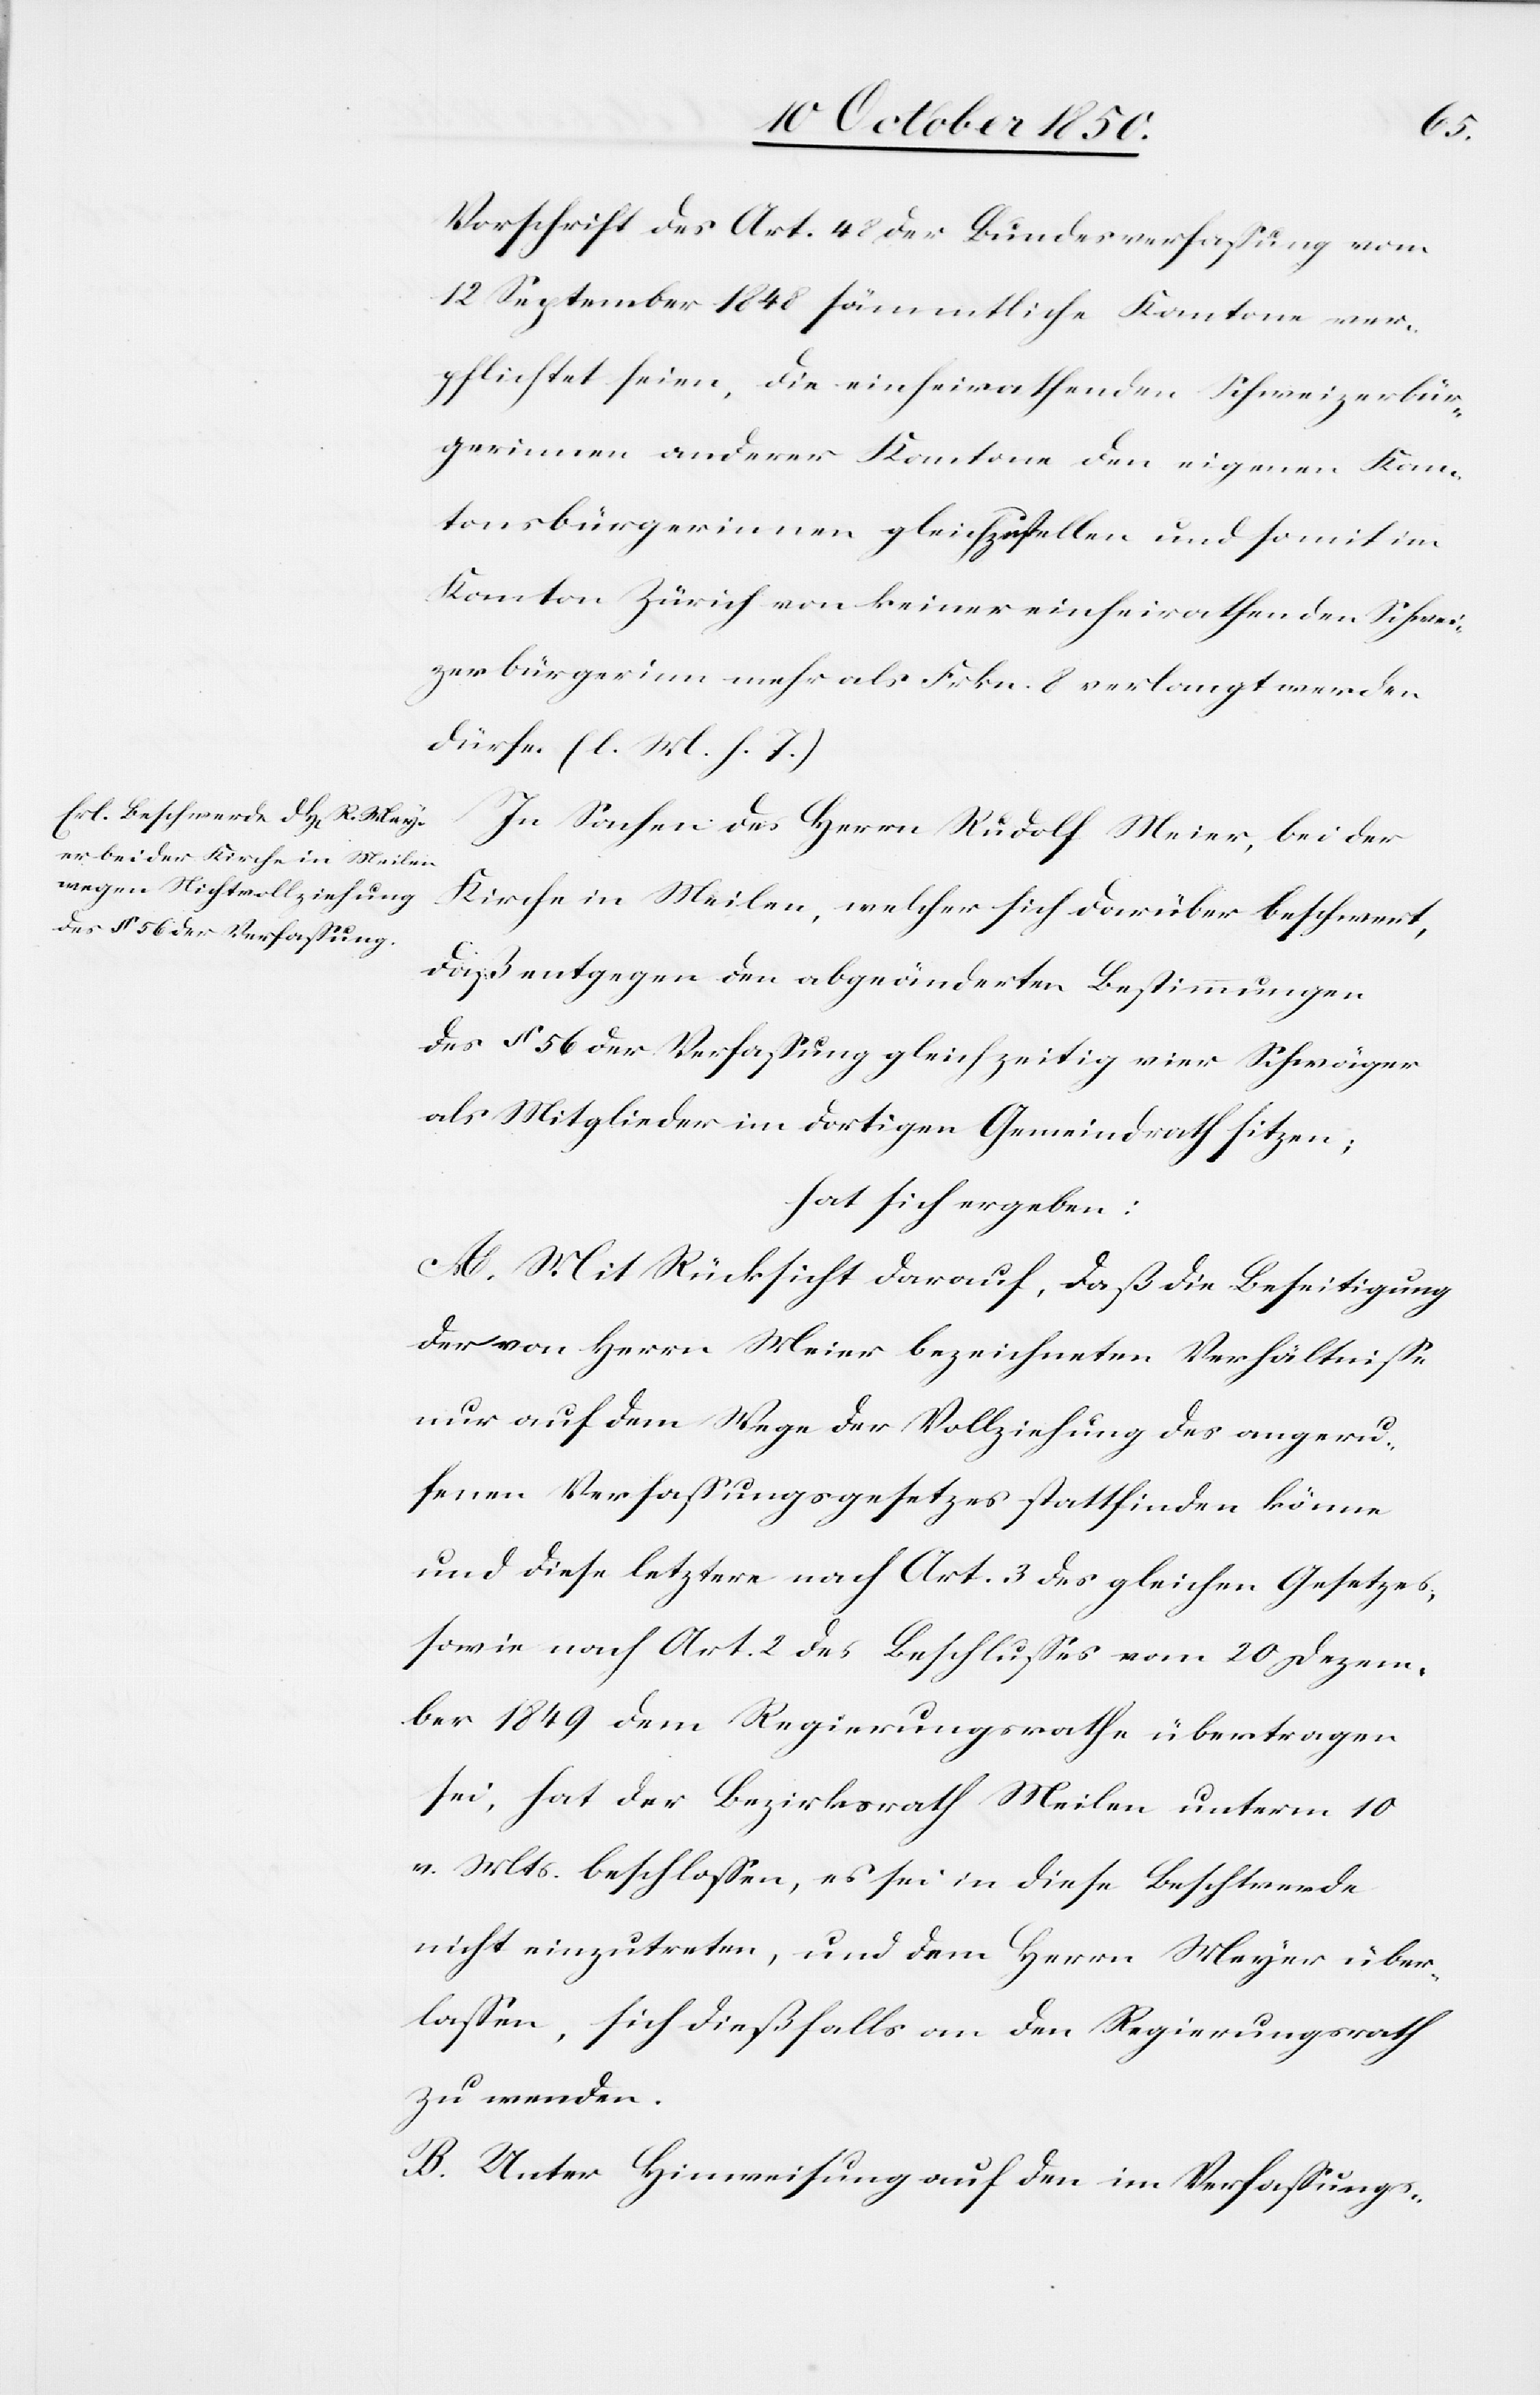
Vorschrift des Art. 48 der Bundesverfassung vom
12 September 1848 sämmtliche Kantone ver¬
pflichtet seien, die einheirathenden Schweizerbür¬
gerinnen anderer Kantone den eigenen Kan¬
tonsbürgerinnen gleichzustellen und somit im
Kanton Zürich von keiner einheirathenden Schwei¬
zerbürgerinn mehr als Frkn. 8 verlangt werden
dürfe. (l. M. h. T.)
In Sachen des Herrn Rudolf Meier [sic!], bei der
Kirche in Meilen, welcher sich darüber beschwert,
daß entgegen den abgeänderten Bestimmungen
des § 56 der Verfassung gleichzeitig vier Schwäger
als Mitglieder im dortigen Gemeindrath sitzen;
hat sich ergeben:
A. Mit Rücksicht darauf, daß die Beseitigung
der von Herrn Meier bezeichneten Verhältnisse
nur auf dem Wege der Vollziehung des angeru¬
fenen Verfassungsgesetzes stattfinden könne
und diese letztere nach Art. 3 des gleichen Gesetzes,
sowie nach Art. 2 des Beschlusses vom 20 Dezem¬
ber 1849 dem Regierungsrathe übertragen
sei, hat der Bezirksrath Meilen unterm 10
v. Mts. beschlossen, es sei in diese Beschwerde
nicht einzutreten, und dem Herrn Meyer über¬
lassen, sich dießfalls an den Regierungsrath
zu wenden.
B. Unter Hinweisung auf den im Verfassungs-